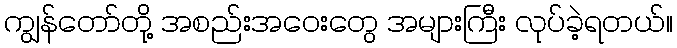
ကျွန်တော်တို့ အစည်းအဝေးတွေ အများကြီး လုပ်ခဲ့ရတယ်။